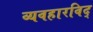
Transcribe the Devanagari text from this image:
व्यवहारविद्